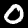
Label: 0